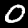
Label: 0